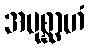
အပုစ္ဆာဟံ